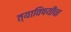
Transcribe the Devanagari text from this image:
त्याविषयीचा